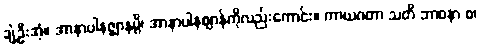
ချဲ့ဦးအံ့။ အာနာပါနဇ္ဈာနမ္ပိ၊ အာနာပါနဈာန်ကိုလည်းကောင်း။ ကာယဂတာ သတိ ဘာဝနာ စ၊